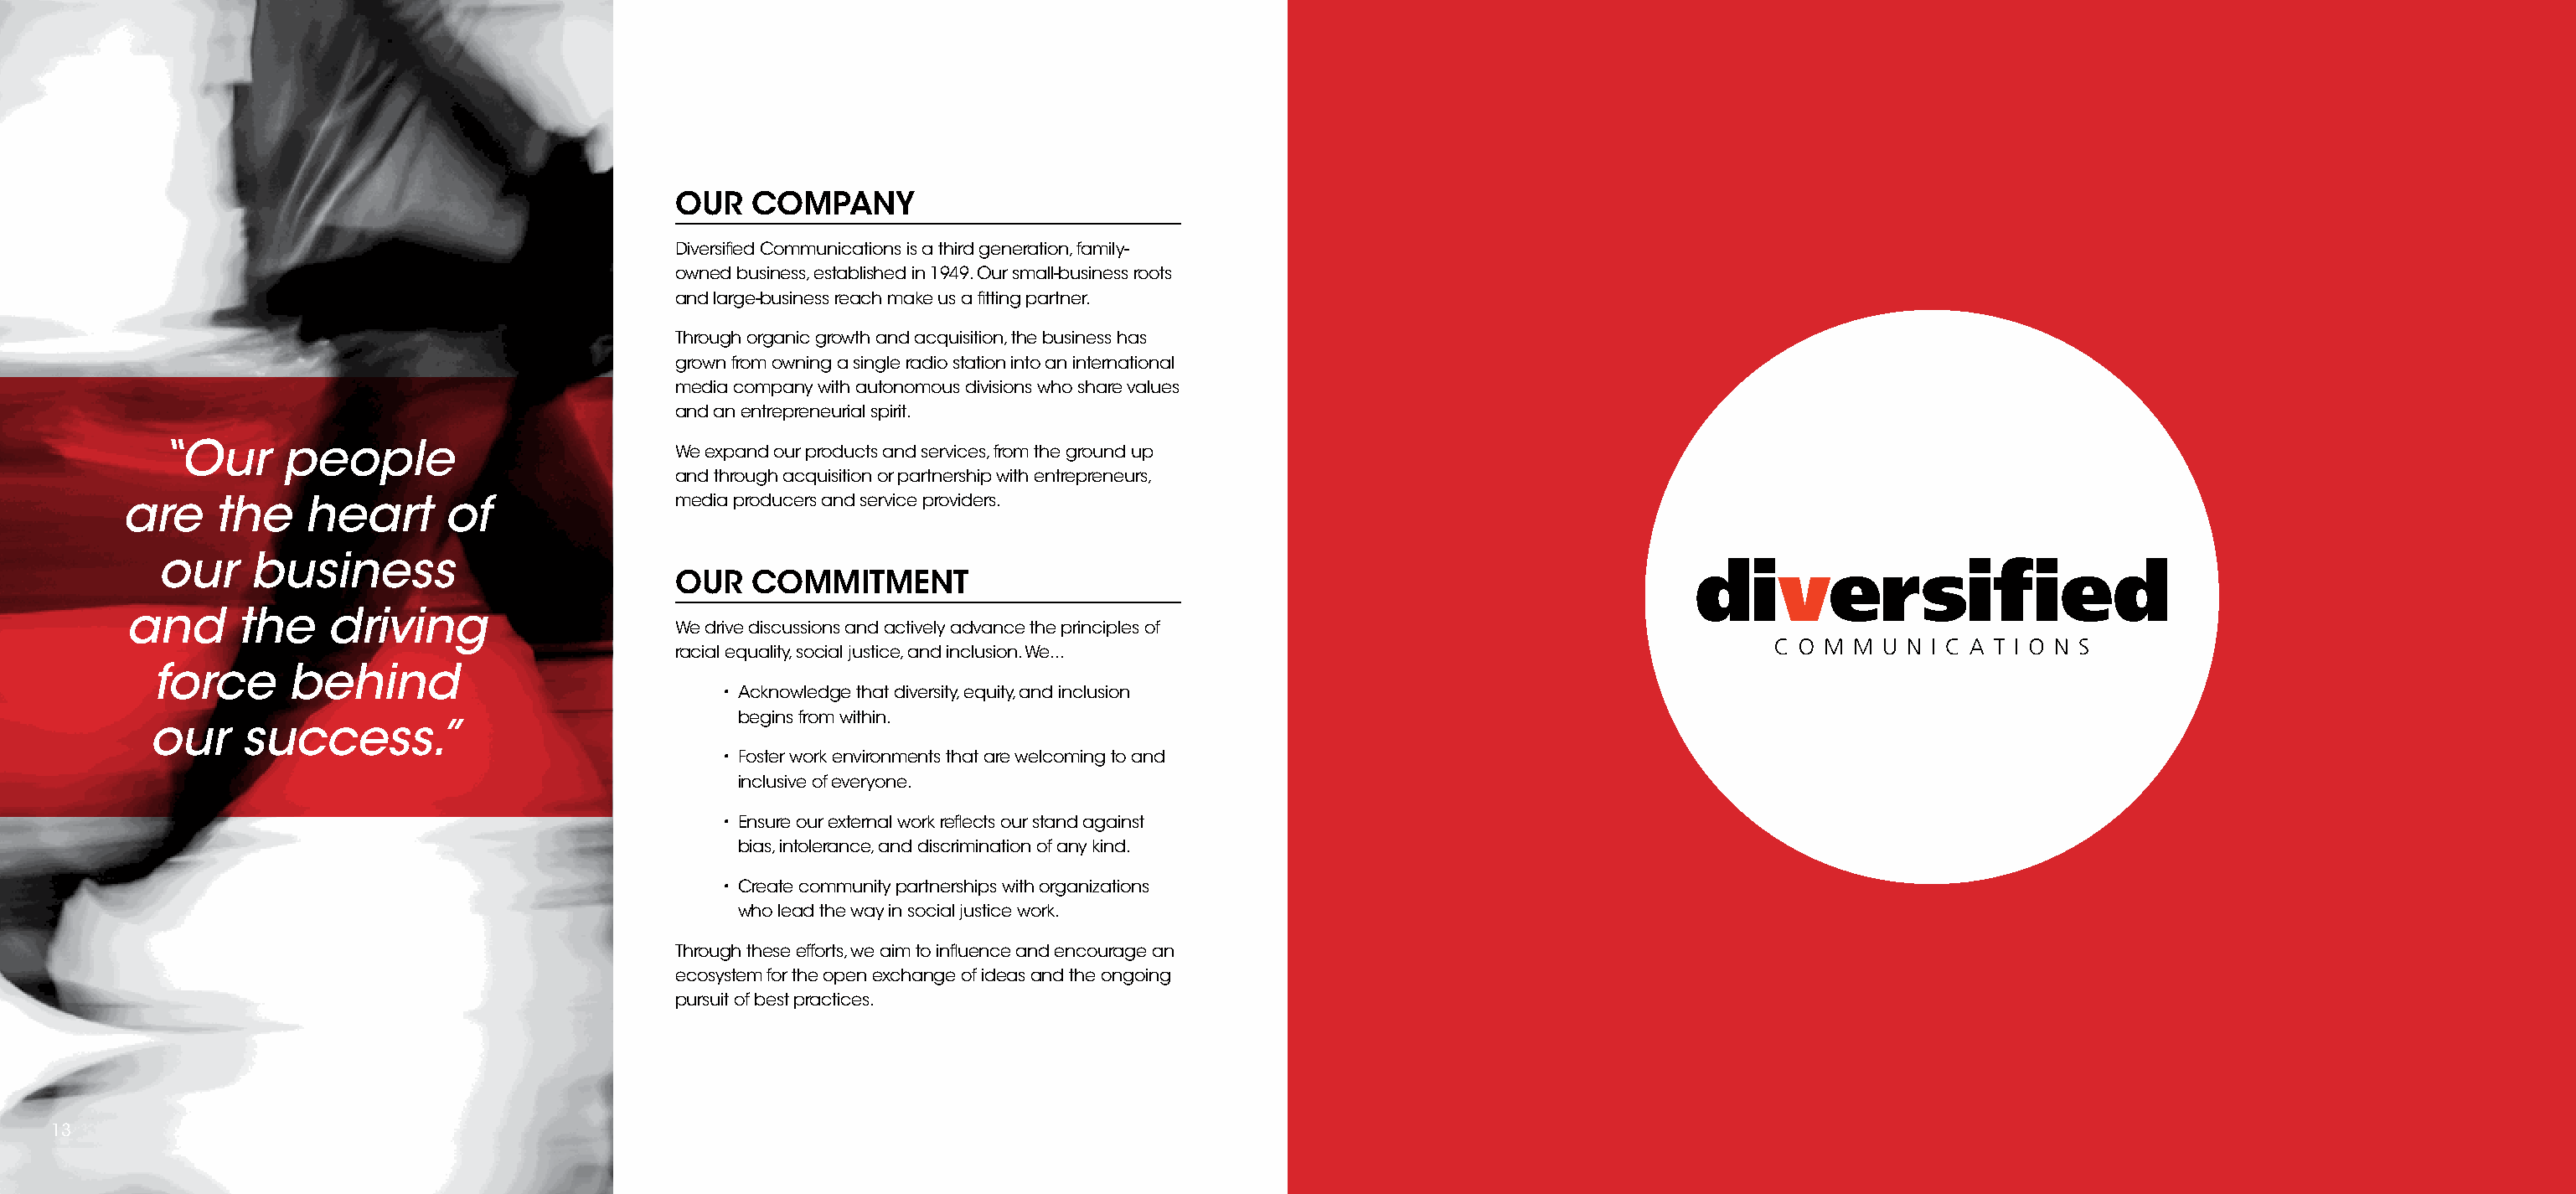
OUR   COMPANY
 Diversified Communications is a third generation, family-
 owned business, established in 1949. Our small-business roots
 and large-business reach make us a fitting partner.
 Through organic growth and acquisition, the business has
 grown from owning a single radio station into an international
 media company with autonomous divisions who share values
 and an entrepreneurial spirit.
 “Our     people                         We expand our products and services, from the ground up
 and through acquisition or partnership with entrepreneurs,
 are    the    heart      of                media producers and service providers.
 our     business
 OUR   COMMITMENT
 and      the    driving
 We drive discussions and actively advance the principles of
 racial equality, social justice, and inclusion. We...
 force      behind
 • Acknowledge that diversity, equity, and inclusion
 begins from within.
 our    success.”
 • Foster work environments that are welcoming to and
 inclusive of everyone.
 • Ensure our external work reflects our stand against
 bias, intolerance, and discrimination of any kind.
 • Create community partnerships with organizations
 who lead the way in social justice work.
 Through these efforts, we aim to influence and encourage an
 ecosystem for the open exchange of ideas and the ongoing
 pursuit of best practices.
 13